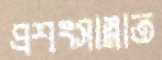
প্রশংসাস্নাত